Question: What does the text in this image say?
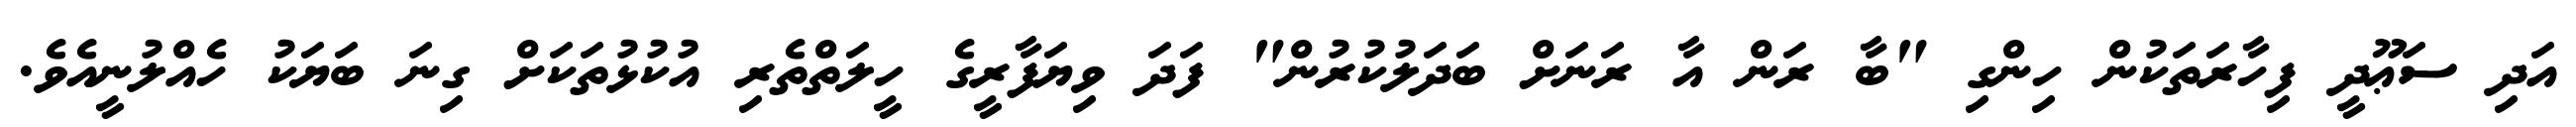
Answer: އަދި ސަޢޫދީ ފިހާރަތަކުން ހިންގި "ބާ ރަން އާ ރަނަށް ބަދަލުކުރުން" ފަދަ ވިޔަފާރީގެ ހީލަތްތެރި އުކުޅުތަކަށް ގިނަ ބަޔަކު ހެއްލުނީއެވެ.